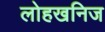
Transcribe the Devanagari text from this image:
लोहखनिज